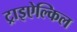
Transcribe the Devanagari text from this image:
ट्राइऐल्किल